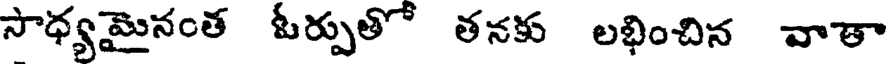
సాధ్యమైనంత ఓర్పుతో తనకు లభించిన వాతా